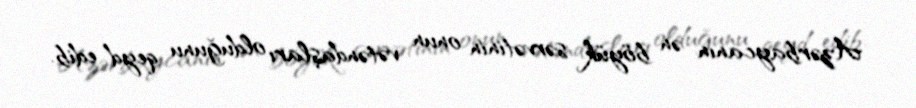
Azərbaycanın ən böyük sərvətinin onun vətəndaşları olduğunu qeyd edib.